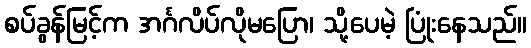
စပ်ခွန်မြင့်က အင်္ဂလိပ်လိုမပြော၊ သို့ပေမဲ့ ပြုံးနေသည်။